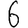
Digit: 6